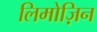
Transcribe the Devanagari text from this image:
लिमोज़िन